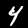
Label: 4